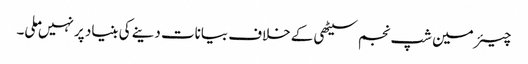
چیئرمین شپ نجم سیٹھی کے خلاف بیانات دینے کی بنیاد پر نہیں ملی۔